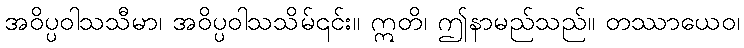
အဝိပ္ပဝါသသီမာ၊ အဝိပ္ပဝါသသိမ်၎င်း။ ဣတိ၊ ဤနာမည်သည်။ တဿာယေဝ၊